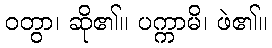
ဝတွာ၊ ဆို၏။ ပက္ကာမိ၊ ဖဲ၏။